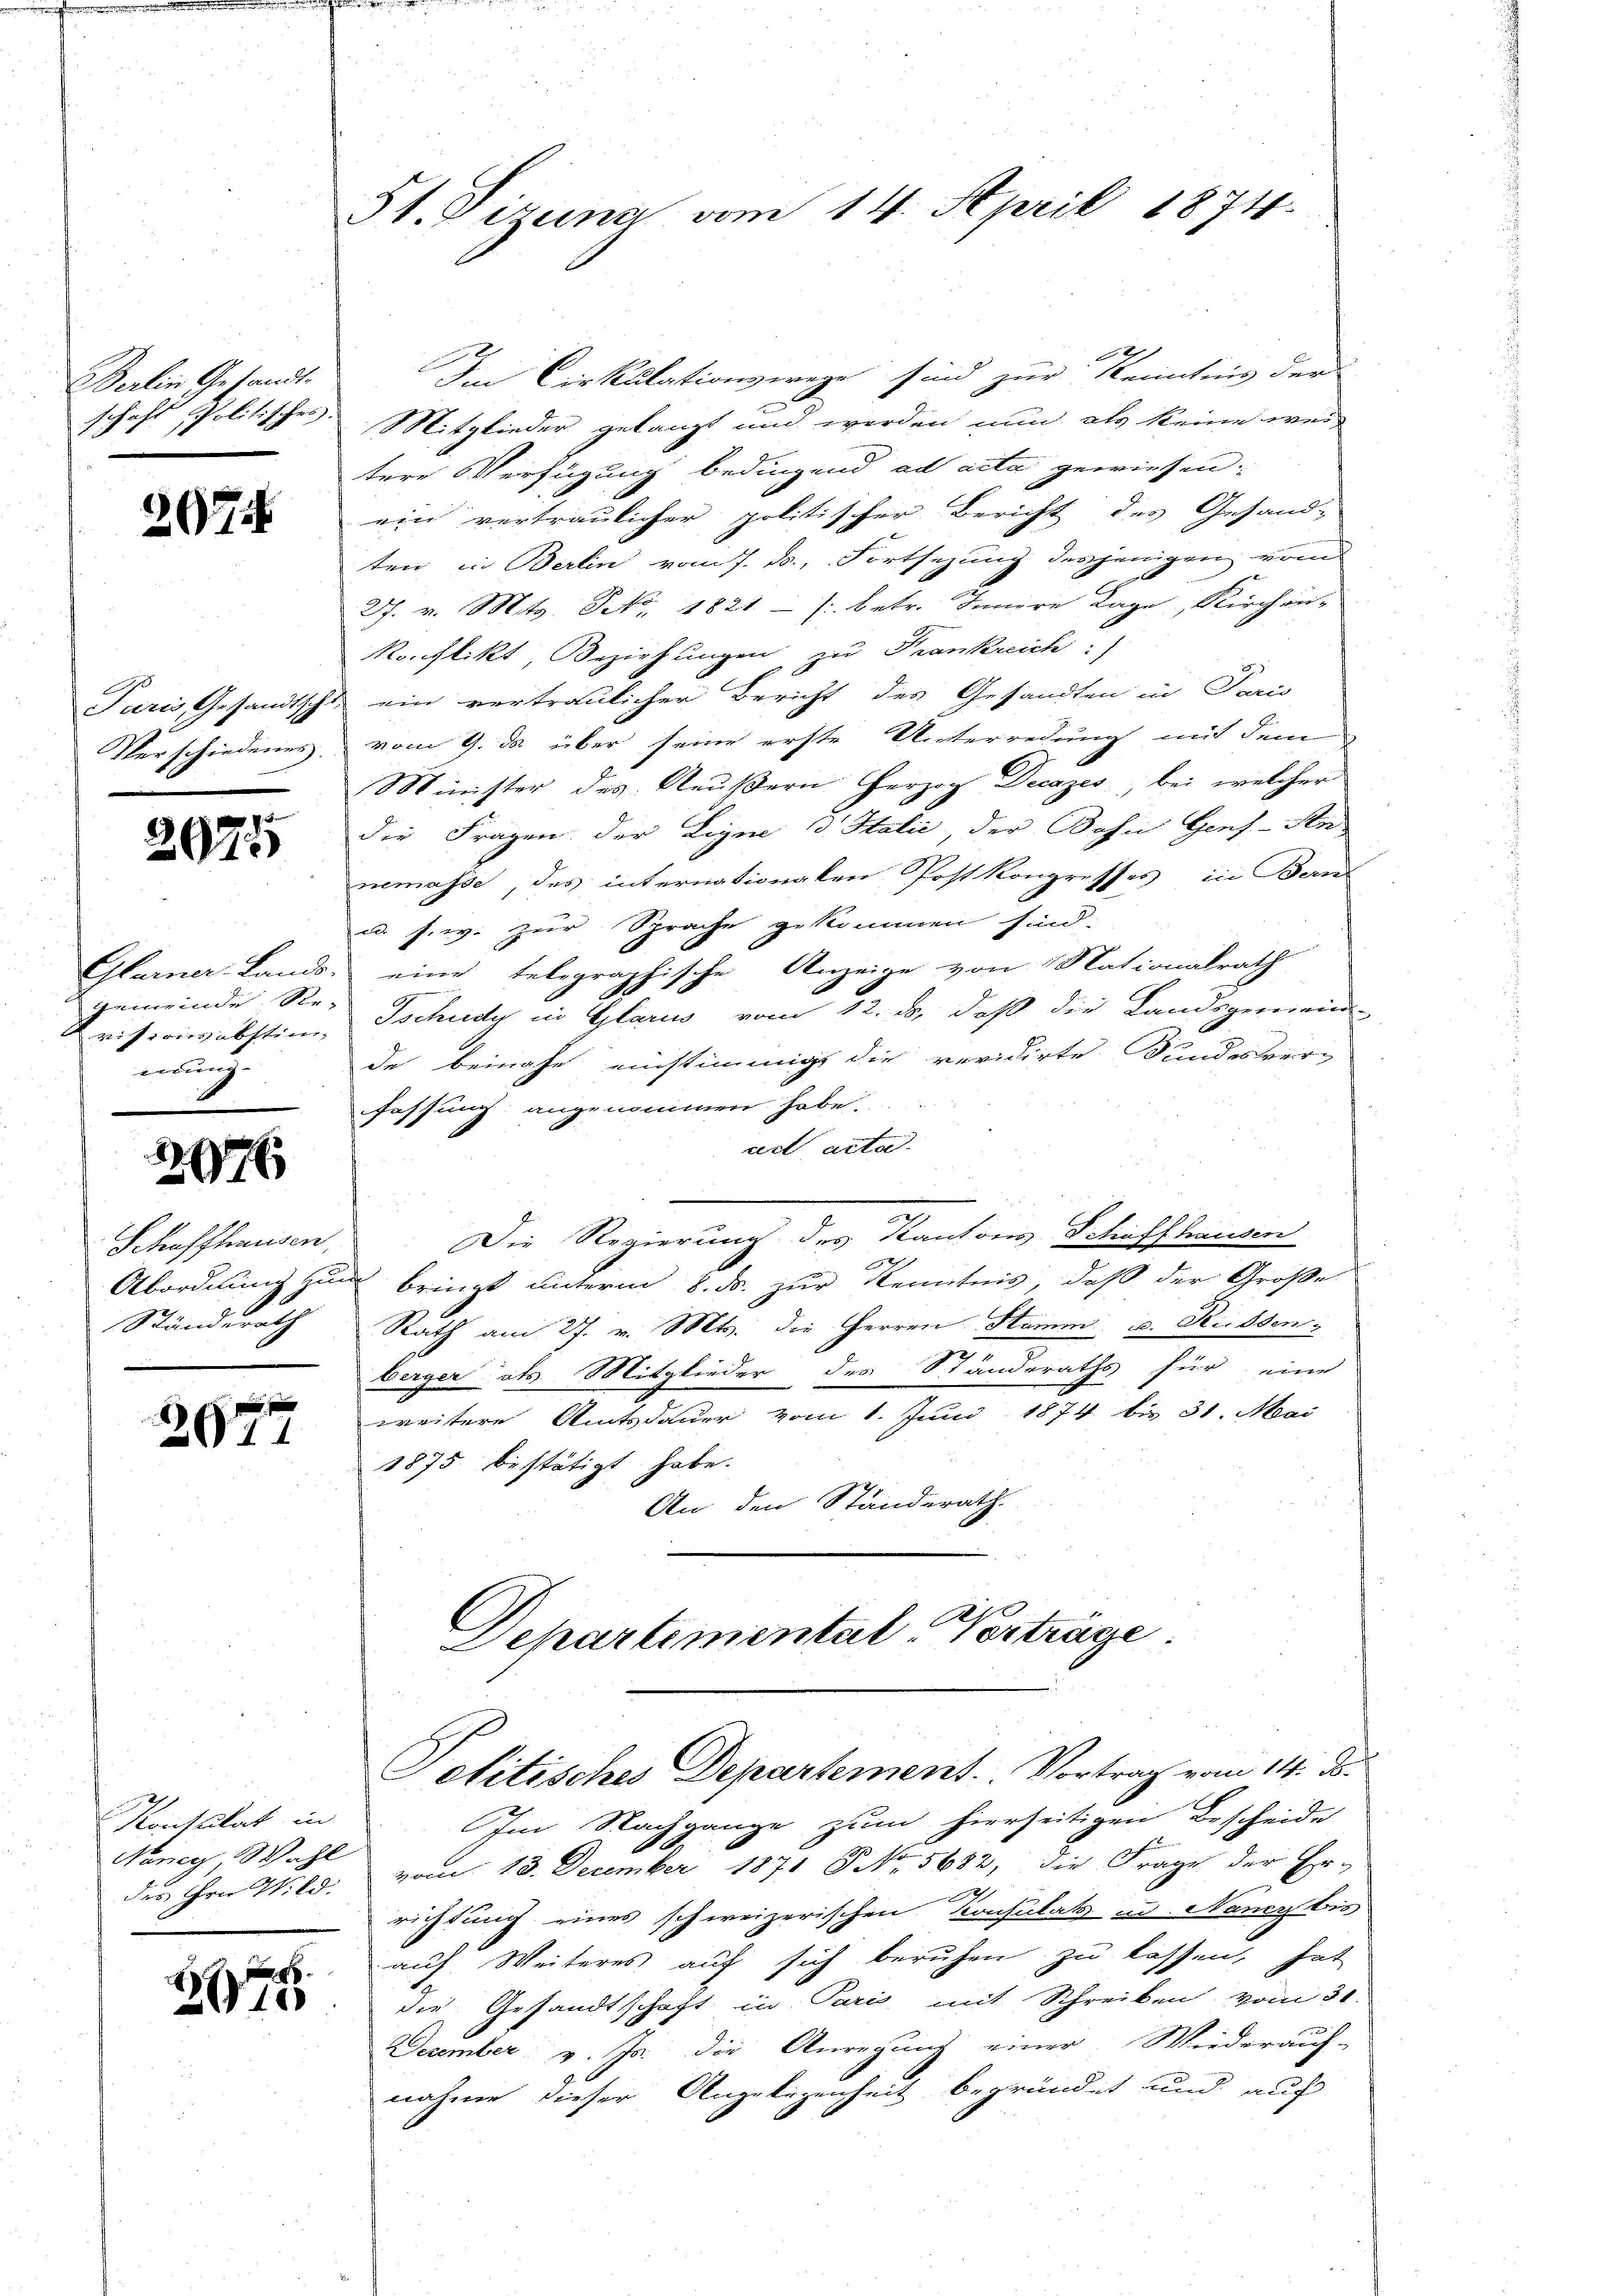
Berlin Gesandt.
schaft spolitisches.

207

Paris, Gesandtsch
Verschiedenes.

29755

Glarner Lands
Gemeinde. Sie
visionsabstim-
werung.

2976

Schaffhausen.
Ständerath

x
2044

Kontulat in
Nancy, Wahl
dis ihre Wild.

5
2010

St. Pizuna vom 14. April 1874.

2
Im Cirkulationswege sind zur Kenntnis der
Mitglieder gelangt und werden nun als keine weis
tere Verfügung bedingend ad acta gewiesen.
ein vertraulicher politischer Bericht des Gesand-
ten, in Berlin vom 7. ds., Fortsezung desjenigen von
27. v. Mts. S. 1821 - /: betr. Innere Lage, Kirchen-
Konflikt, Beziehungen zu Frankreich:
ein vertraulicher Bericht des Gesandten in Paris
vom 9. ds. über seine erste Unterredung mit dem
Minister des Aeußern herzog Decazes, bei welcher
die Fragen der Eigne 3 Italić, der Bahn Genz-An
nemasse, des internationalen Postkongresses in Bern
u. s. w. zur Sprache gekommen sind.
eine telegraphische Anzeige von Nationalrath
Tschudy in Glarus vom 12. ds, daß die Landsgemeind-
de beinahe einstimmig die revidirte Sandesverfassung angenommen habe.
ud acta.
Die Regierung des Kantons Schaffhausen
Abordnung zum bringt unterm 8. ds. zur Kenntnis, daß der Große
Rath am 27. v. Mts. die Herren Stamm u. Reissen-
berger als Mitglieder des Ständeraths für eine
weitere Amtsdauer vom 1. Juni 1874 bis 31. Mai
1875 bestätigt habe.
An den Ständerath.
Departemental-Verträge.

Politisches Departement. Vortrag vom 14. ds.

Im Nachgange zum hierseitigen Bescheide
vom 13. December 1871 No. 5682, die Frage der Er-
richtung eines schweizerischen Konsulat in Nancybis
auf Weiteres auf sich beruhen zu lassen, hat
die Gesandtschaft in Paris mit Schreiben vom 31.
December v. Js. die Anregung einer Wiederauf-
nahme dieser Angelegenheit begründet und auf